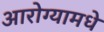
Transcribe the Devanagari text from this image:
आरोग्यामधे